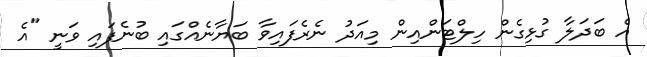
އެ ބަދަލާ ގުޅިގެން ހިލްޓަންއިން މިއަދު ނެރެފައިވާ ބަޔާނެއްގައި ބުނެފައި ވަނީ "އެ